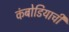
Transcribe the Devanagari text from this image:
कंबोडियाची